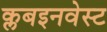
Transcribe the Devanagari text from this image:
क्लबइनवेस्ट